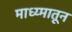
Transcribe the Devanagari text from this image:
माध्य्मातून